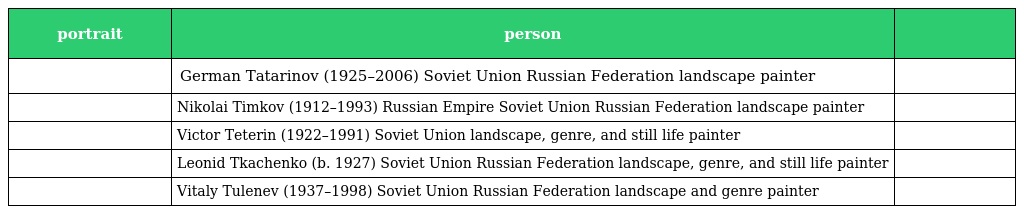
| portrait | person |  |
 | --- | --- | --- |
 |  | German Tatarinov (1925–2006) Soviet Union Russian Federation landscape painter |  |
 |  | Nikolai Timkov (1912–1993) Russian Empire Soviet Union Russian Federation landscape painter |  |
 |  | Victor Teterin (1922–1991) Soviet Union landscape, genre, and still life painter |  |
 |  | Leonid Tkachenko (b. 1927) Soviet Union Russian Federation landscape, genre, and still life painter |  |
 |  | Vitaly Tulenev (1937–1998) Soviet Union Russian Federation landscape and genre painter |  |